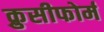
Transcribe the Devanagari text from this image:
क्रुसीफोर्म